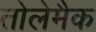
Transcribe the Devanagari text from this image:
तोलेमैक